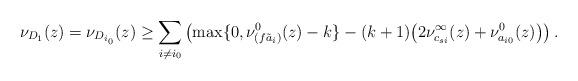
LaTeX: \begin{align*}\nu_{D_1}(z)=\nu_{D_{i_0}}(z)\ge\sum_{i\ne i_0}\left (\max\{0,\nu_{(f\tilde a_i)}^{0}(z)-k\}-(k+1)\bigl (2\nu_{c_{si}}^{\infty}(z)+\nu^0_{a_{i0}}(z)\bigl )\right ).\end{align*}